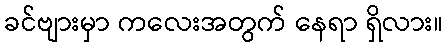
ခင်ဗျားမှာ ကလေးအတွက် နေရာ ရှိလား။